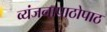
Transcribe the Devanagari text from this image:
व्यंजनापाठोपाठ